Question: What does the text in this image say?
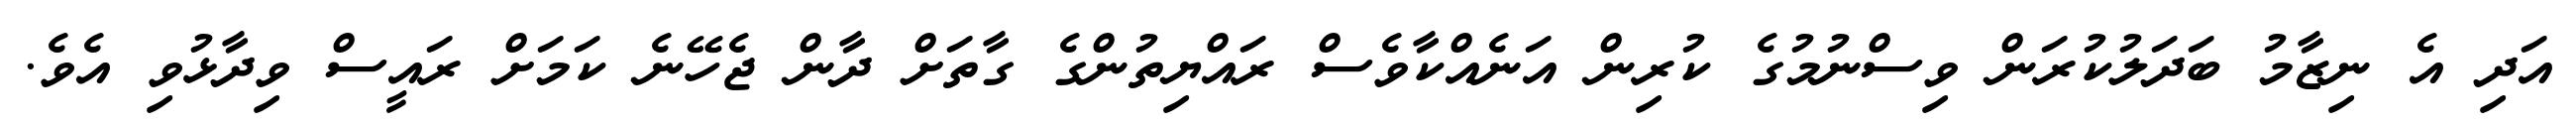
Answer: އަދި އެ ނިޒާމު ބަދަލުކުރަން ވިސްނުމުގެ ކުރިން އަނެއްކާވެސް ރައްޔިތުންގެ ގާތަށް ދާން ޖެހޭނެ ކަމަށް ރައީސް ވިދާޅުވި އެވެ.